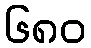
၆၈၀